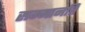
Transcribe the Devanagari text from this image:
सम्मानति